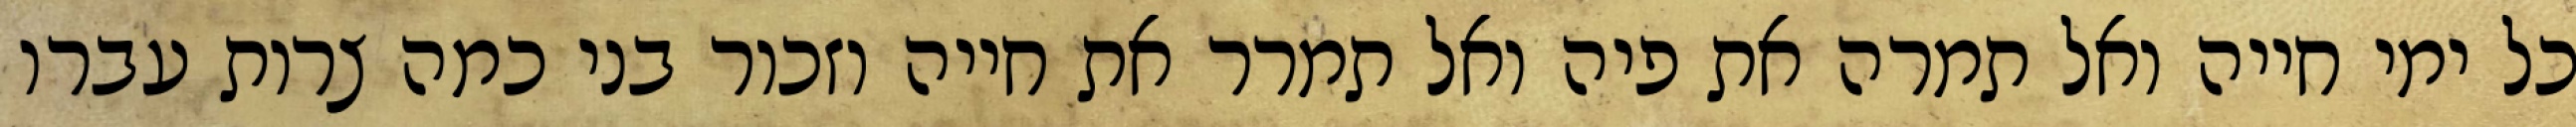
כל ימי חייה ואל תמרה את פיה ואל תמרר את חייה וזכור בני כמה צרות עברו